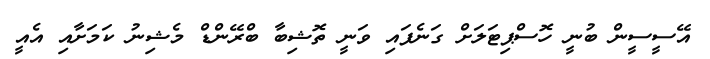
އޭސީސީން ބުނީ ހޮސްޕިޓަލަށް ގަނެފައި ވަނީ ތޮޝިބާ ބްރޭންޑް މެޝިނު ކަމަށާއި އެއީ